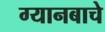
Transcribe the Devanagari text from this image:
ग्यानबाचे